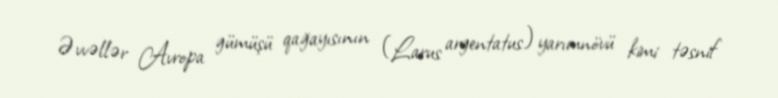
Əvvəllər Avropa gümüşü qağayısının (Larus argentatus) yarımnövü kimi təsnif